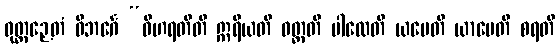
ဝုတ္တဉှေတံ ဝိဘင်္ဂေ “ဝိဟရတီတိ ဣရိယတိ ဝတ္တတိ ပါလေတိ ယပေတိ ယာပေတိ စရတိ